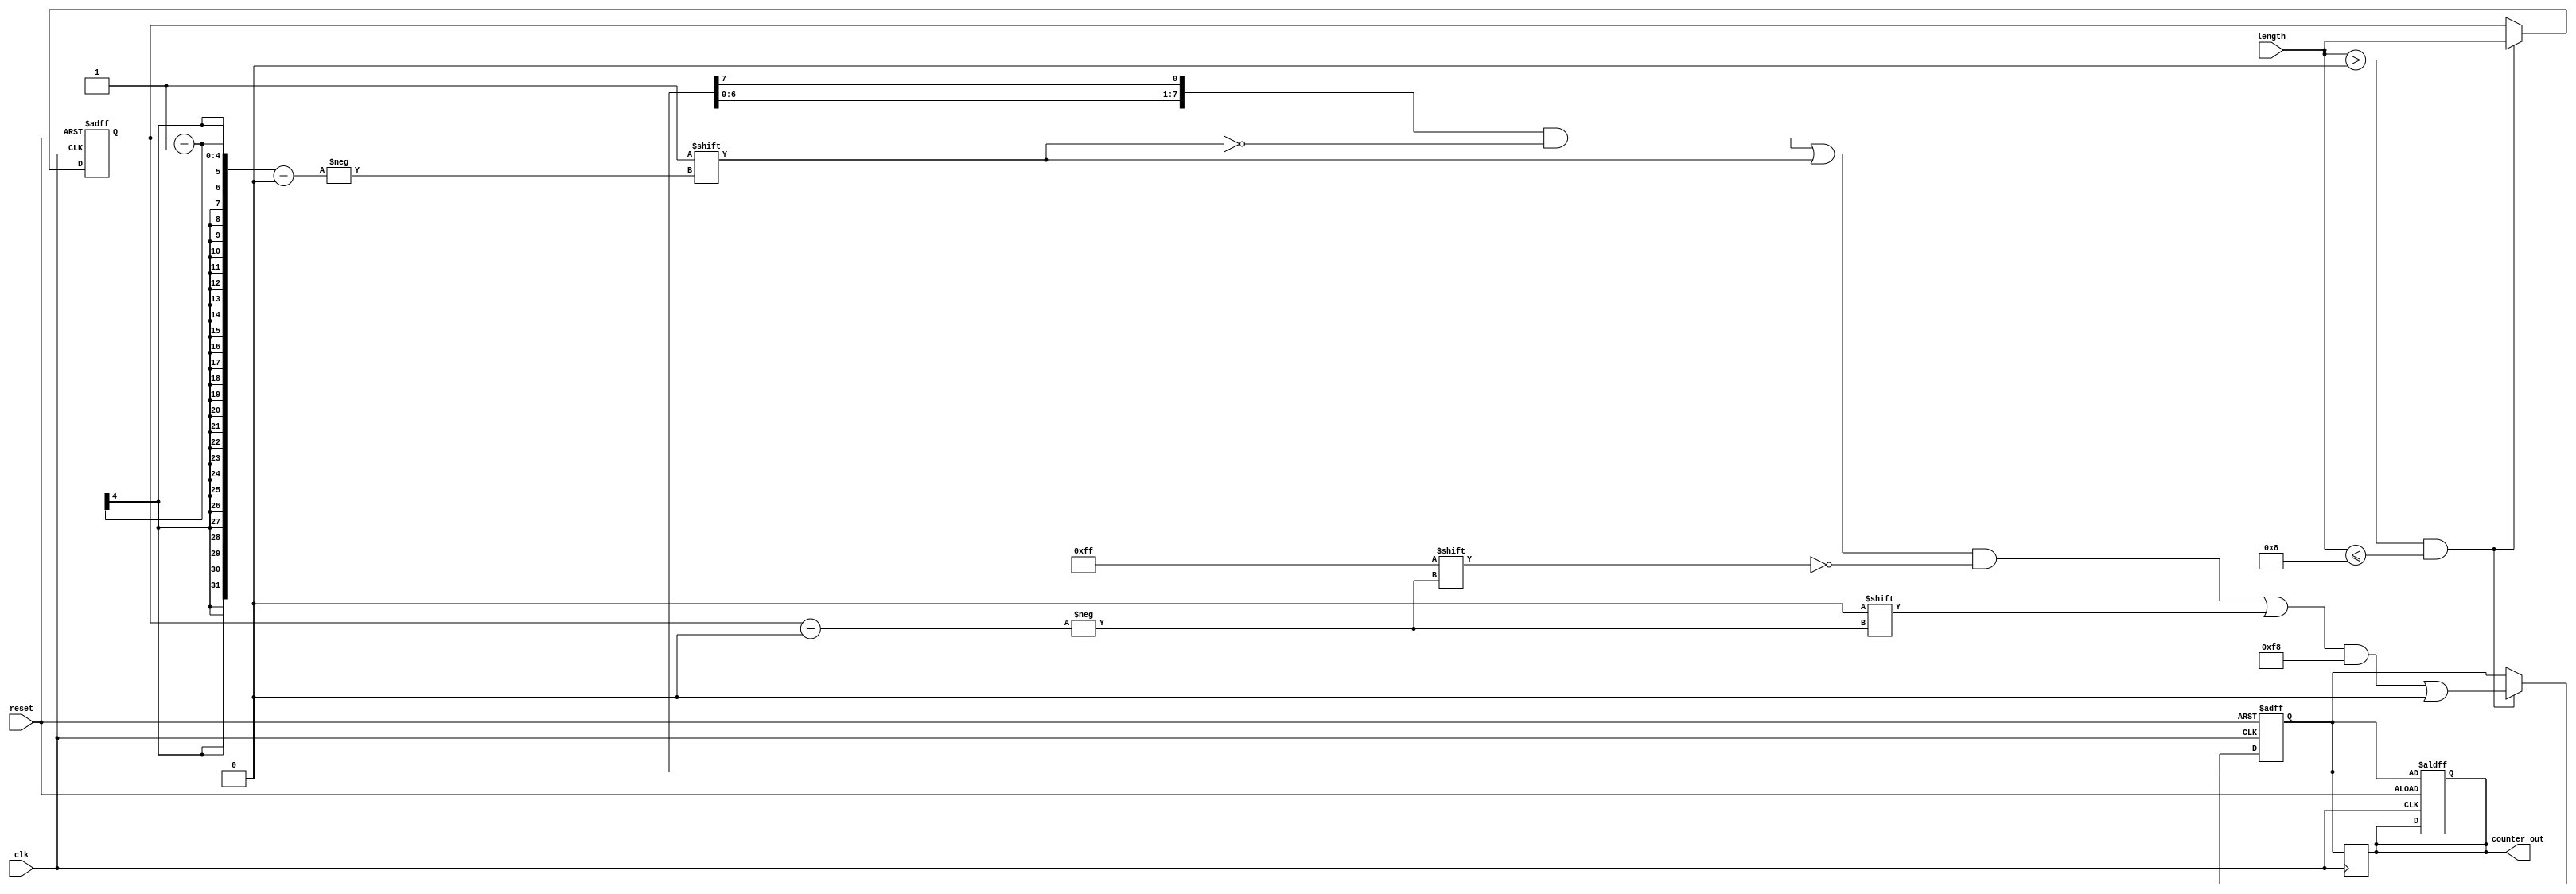
module variable_length_ring_counter #(
    parameter MAX_LENGTH = 8  // Maximum length of the ring counter
)(
    input wire clk,            // Clock signal
    input wire reset,          // Reset signal
    input wire [3:0] length,   // Desired length of the ring counter (up to MAX_LENGTH)
    output reg [MAX_LENGTH-1:0] counter_out // Current state of the counter
);

    reg [MAX_LENGTH-1:0] shift_reg; // Shift register to hold the current state
    reg [3:0] current_length;        // Current length of the ring counter

    // Initialize the counter
    always @(posedge clk or posedge reset) begin
        if (reset) begin
            // Reset the counter to the first state
            shift_reg <= 1'b1; // Set the first bit to '1'
            counter_out <= shift_reg;
            current_length <= 1; // Default to length 1 on reset
        end else if (length > 0 && length <= MAX_LENGTH) begin
            // Update the current length if valid
            current_length <= length;

            // Shift the register left and wrap around
            shift_reg <= {shift_reg[MAX_LENGTH-2:0], shift_reg[MAX_LENGTH-1]};
            // Set the active bit based on the current length
            shift_reg[current_length-1] <= 1'b1; // Set the active bit
            // Clear other bits
            shift_reg[MAX_LENGTH-1:current_length] <= 0;
            shift_reg[current_length-2:0] <= 0;
        end
    end

    // Output the current state of the counter
    always @(posedge clk) begin
        counter_out <= shift_reg;
    end

endmodule